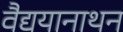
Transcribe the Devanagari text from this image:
वैद्ययानाथन